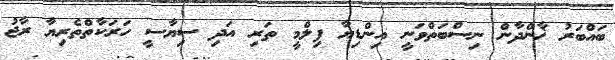
ބައްބަރު ޚާންދާން ނިސްބަތްވަނީ އިންޑިޔާ ފިލްމީ ތަރި އަދި ސިޔާސީ ހަރަކާތްތެރިޔާ ރާޖު